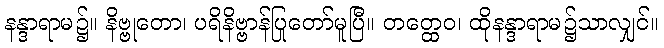
နန္ဒာရာမ၌။ နိဗ္ဗုတော၊ ပရိနိဗ္ဗာန်ပြုတော်မူပြီ။ တတ္ထေဝ၊ ထိုနန္ဒာရာမ၌သာလျှင်။